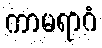
ကာမရာဂံ